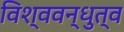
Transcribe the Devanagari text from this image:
विश्ववन्धुत्व